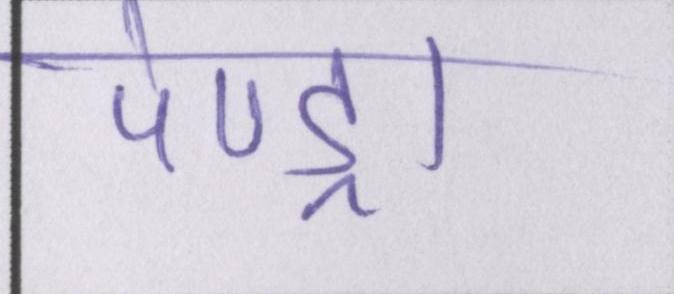
पेण्ड्रा